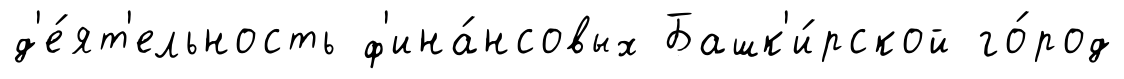
д'е́ят'ельность ф'ина́нсовых Башк'и́рской го́род